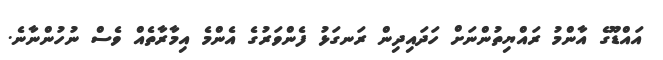
އައްޑޫގެ އާންމު ރައްޔިތުންނަށް ހަދައިދިން ރަނގަޅު ފެންވަރުގެ އެންމެ އިމާރާތެއް ވެސް ނުހުންނާނެ.